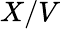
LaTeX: X/V